Annual administration report of the Civil Veterinary Department of India - 1899-1900
Year: 1899
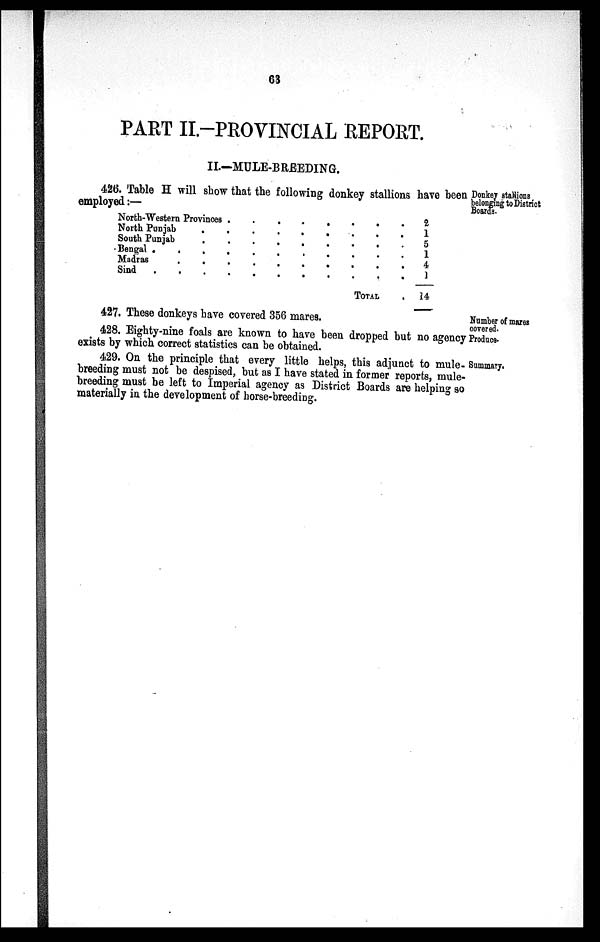
63
PART II.—PROVINCIAL REPORT.
II.—MULE-BREEDING.
Donkey stallions
belonging to District
Boards.
426. Table H will show that the following donkey stallions have been
employed :—
North-Western Provinces . . . . . . .
North Punjab . . . . . . .
South Punjab . . . . . . .
Bengal . . . . . . .
Madras . . . . . .
Sind . . . . . . . .
TOTAL .
2
1
5
1
4
1
14
Number of mares
covered.
Produce.
Summary.
427. These donkeys have covered 356 mares.
428. Eighty-nine foals are known to have been dropped but no agency
exists by which correct statistics can be obtained.
429. On the principle that every little helps, this adjunct to mule-
breeding must not be despised, but as I have stated in former reports, mule-
breeding must be left to Imperial agency as District Boards are helping so
materially in the development of horse-breeding.